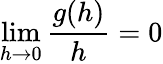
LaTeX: \operatorname*{lim}_{h\to 0}{\frac{g(h)}{h}}=0